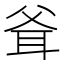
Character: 𰭶